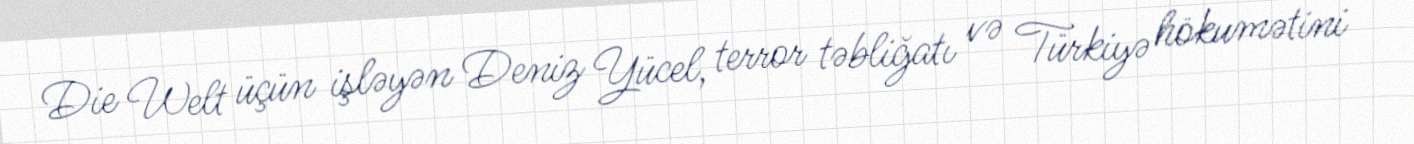
Die Welt üçün işləyən Deniz Yücel, terror təbliğatı və Türkiyə hökumətini